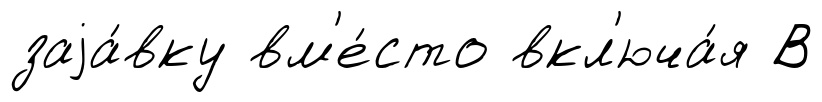
заjа́вку вм'е́сто вкл'юча́я В